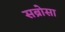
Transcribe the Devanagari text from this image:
सब्रोसा